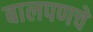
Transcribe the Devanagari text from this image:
बालपणचे